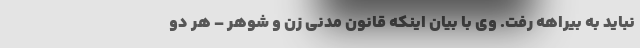
نباید به بیراهه رفت. وی با بیان اینکه قانون مدنی زن و شوهر – هر دو